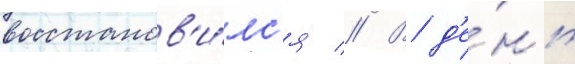
восстанов'и́лс'я // В д'е́нь